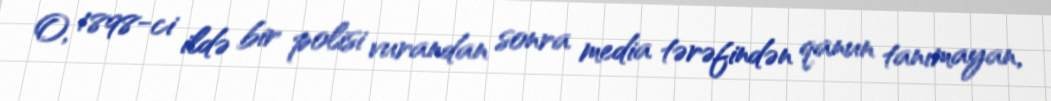
O, 1898-ci ildə bir polisi vurandan sonra media tərəfindən qanun tanımayan,